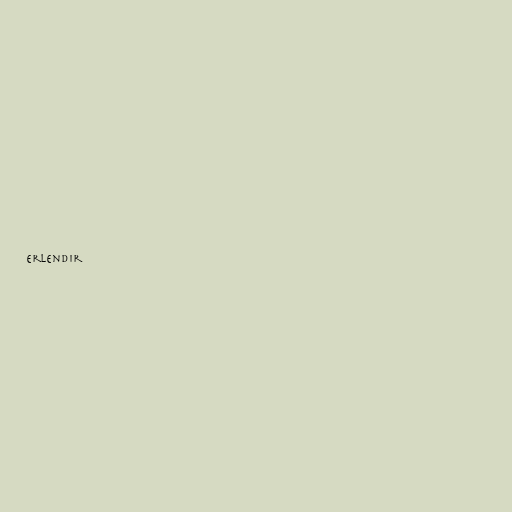
erlendir